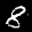
Label: 8